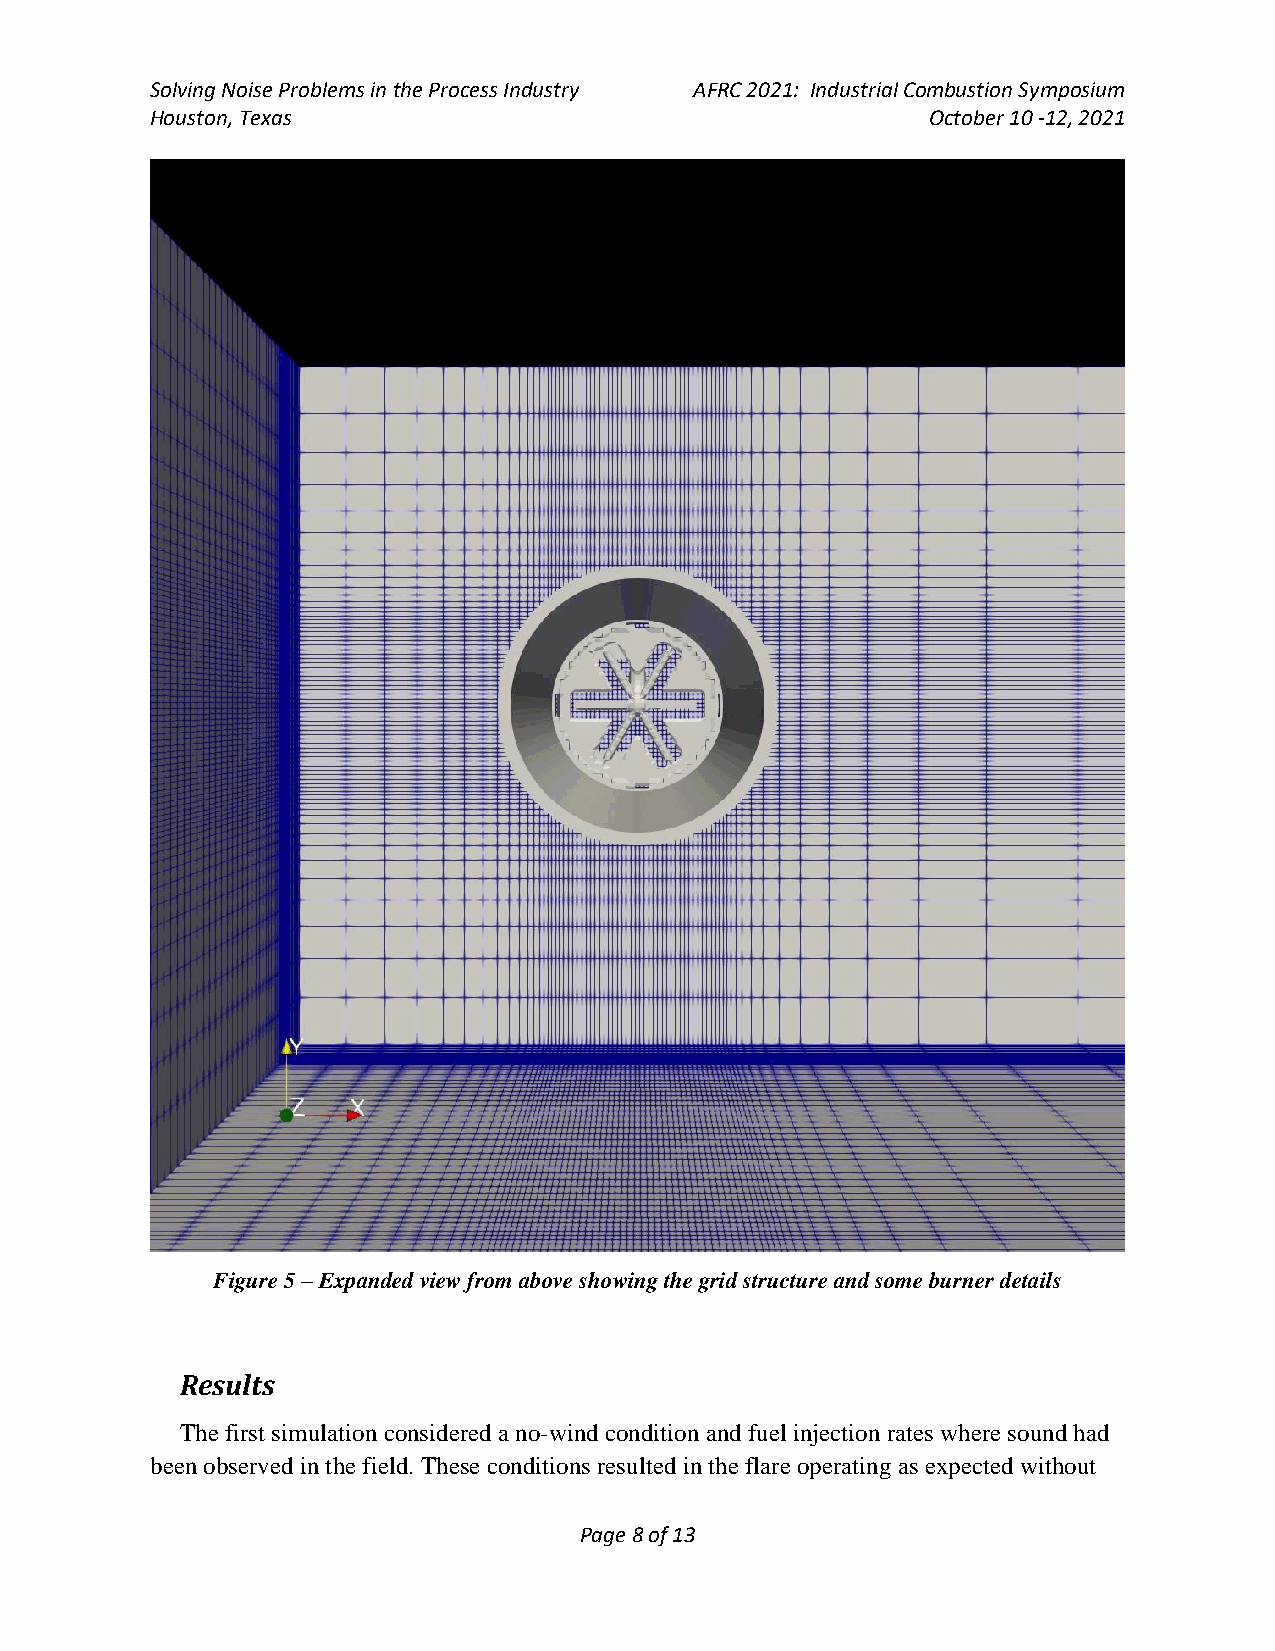
Solving Noise Problems in the Process Industry AFRC 2021: Industrial Combustion Symposium
 Houston, Texas                                      October 10 -12, 2021
 Figure 5 – Expanded view from above showing the grid structure and some burner details
 Results
 The first simulation considered a no-wind condition and fuel injection rates where sound had
 been observed in the field. These conditions resulted in the flare operating as expected without
 Page 8 of 13